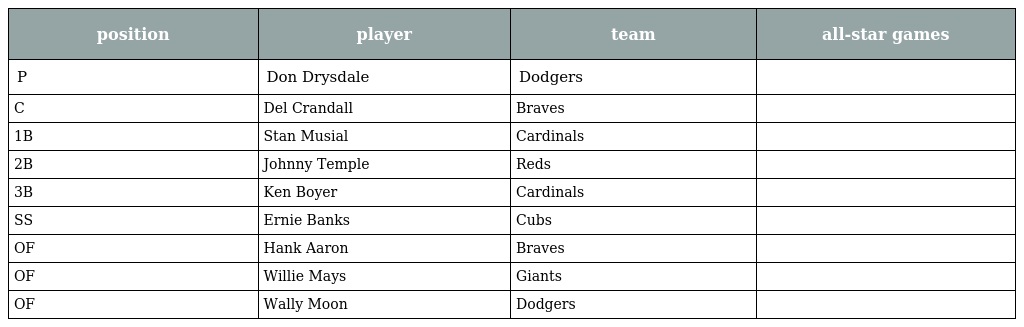
| position | player | team | all-star games |
 | --- | --- | --- | --- |
 | P | Don Drysdale | Dodgers |  |
 | C | Del Crandall | Braves |  |
 | 1B | Stan Musial | Cardinals |  |
 | 2B | Johnny Temple | Reds |  |
 | 3B | Ken Boyer | Cardinals |  |
 | SS | Ernie Banks | Cubs |  |
 | OF | Hank Aaron | Braves |  |
 | OF | Willie Mays | Giants |  |
 | OF | Wally Moon | Dodgers |  |